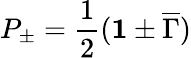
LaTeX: P_{\pm}=\frac{1}{2}({\mathbf 1}\pm{\overline{{\Gamma}}})